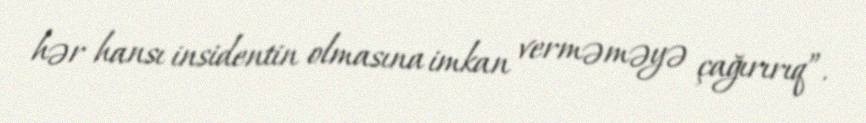
hər hansı insidentin olmasına imkan verməməyə çağırırıq”.